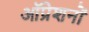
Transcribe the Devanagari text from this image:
ऑप्रेशनों